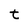
Character: t